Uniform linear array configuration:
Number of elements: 12
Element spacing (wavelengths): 0.25
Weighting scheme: hann
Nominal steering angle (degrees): -45
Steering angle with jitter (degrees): -45.022
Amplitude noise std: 0.05
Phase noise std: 0.05

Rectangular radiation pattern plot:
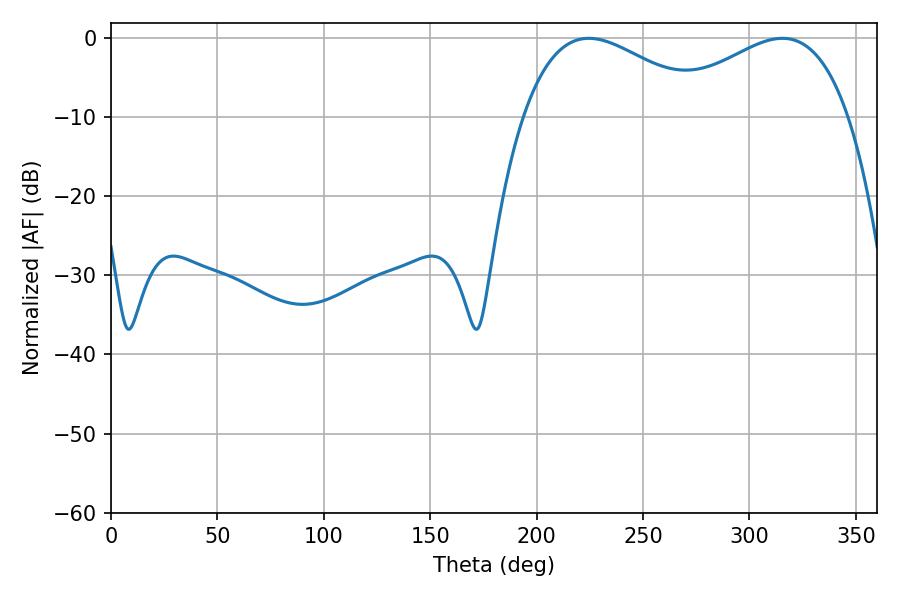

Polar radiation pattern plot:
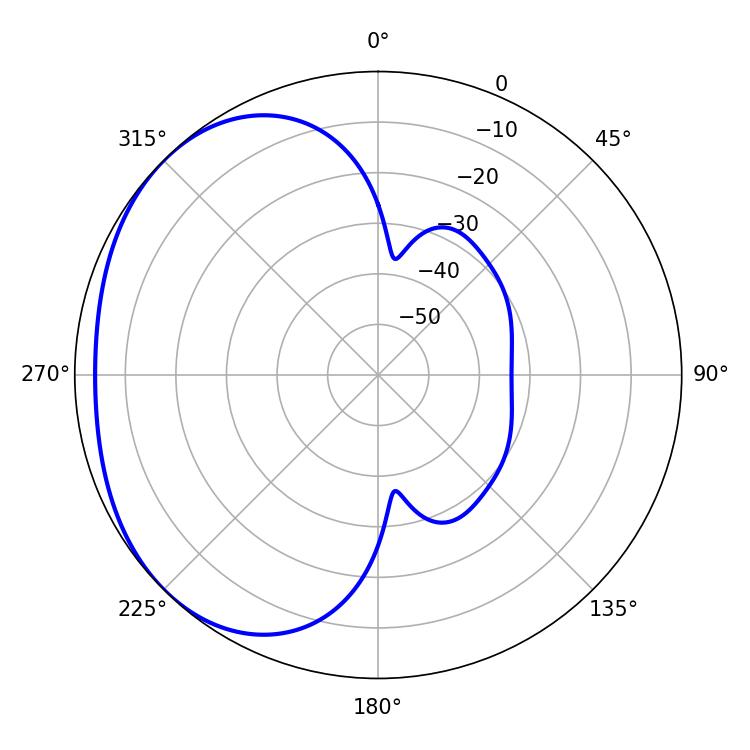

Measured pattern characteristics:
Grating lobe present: FALSE
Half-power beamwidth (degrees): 47.88
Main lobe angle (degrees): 224.46